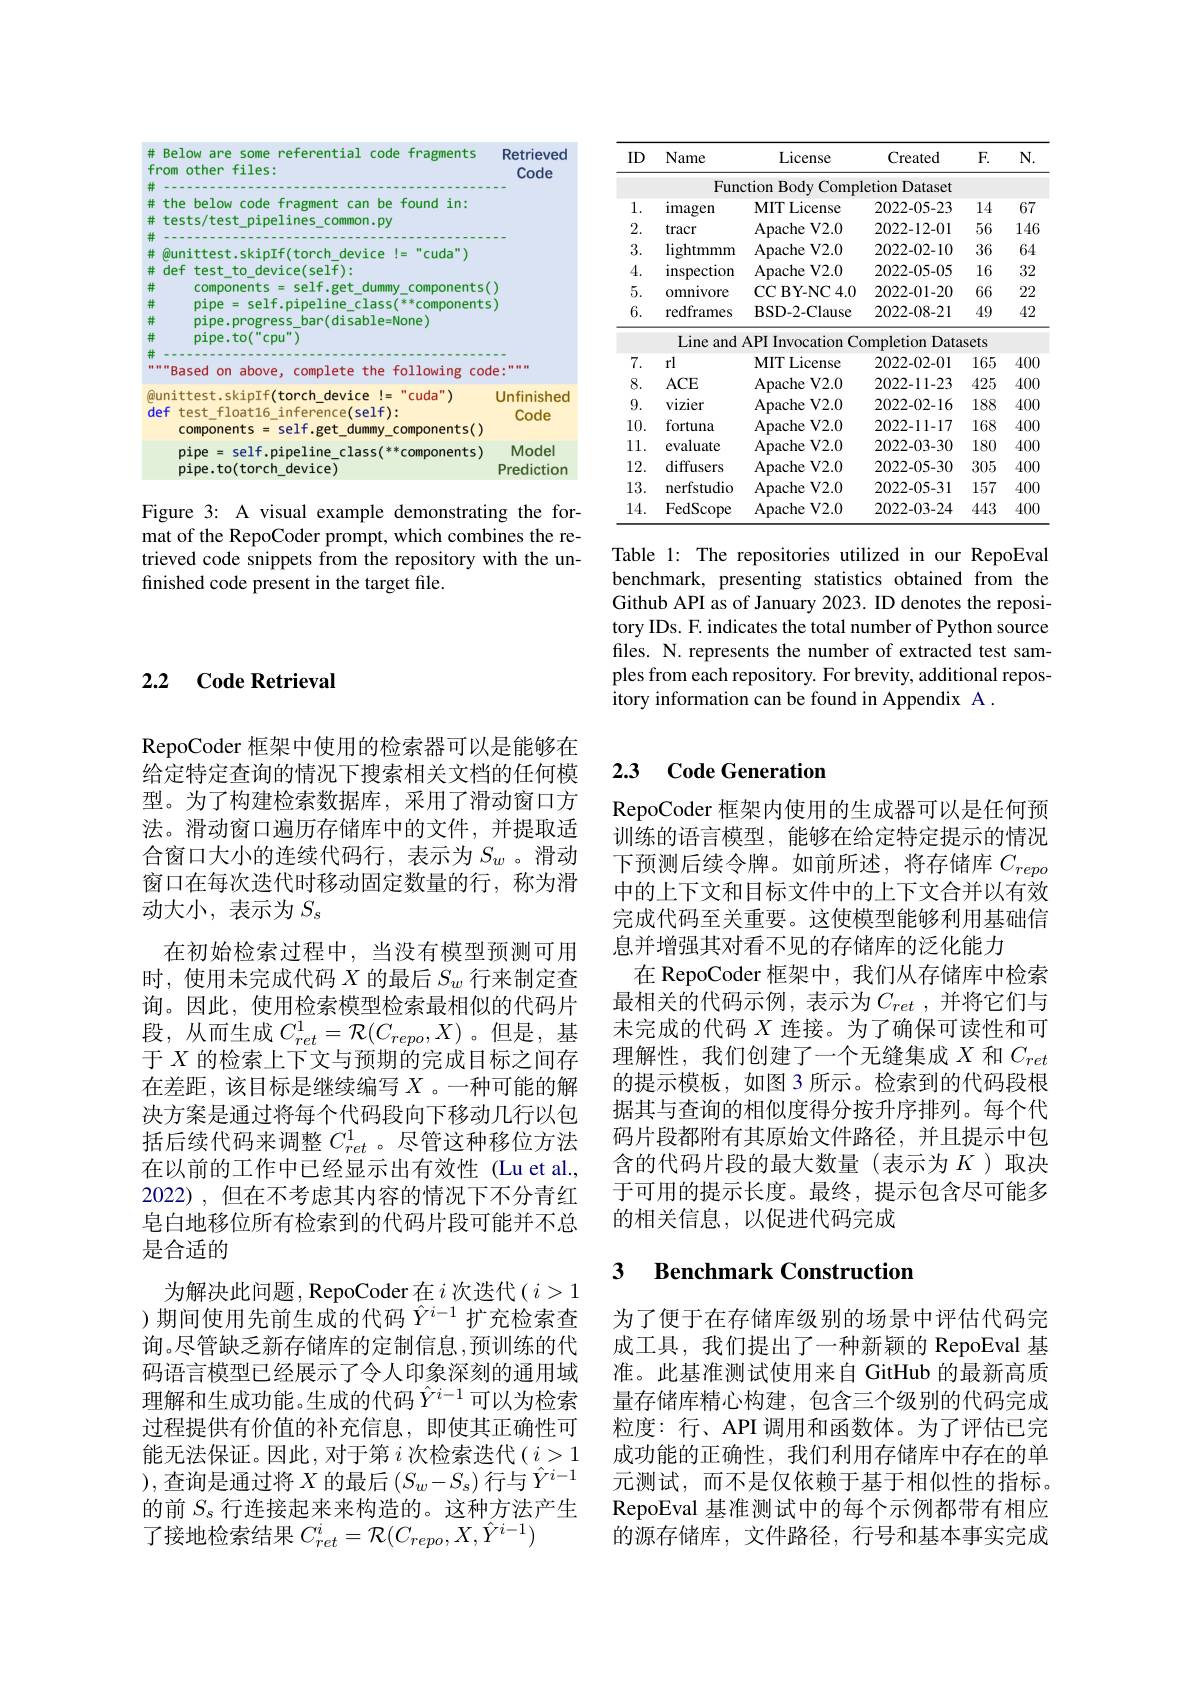
<FigureHere>

Figure 3: A visual example demonstrating the format of the RepoCoder prompt, which combines the retrieved code snippets from the repository with the unfinished code present in the target file.

<table>
	<tbody>
		<tr>
			<th>ID</th>
			<th>Name</th>
			<th>License</th>
			<th>Created</th>
			<th>$F.$</th>
			<th>$N.$</th>
		</tr>
		<tr>
			<td> </td>
			<td>Fun</td>
			<td>ction Body C Comp</td>
			<td>letion Dataset</td>
			<td> </td>
			<td> </td>
		</tr>
		<tr>
			<td>1</td>
			<td>imagen</td>
			<td>MIT License</td>
			<td>2022-05-23</td>
			<td>14</td>
			<td>67</td>
		</tr>
		<tr>
			<td>2 $d$</td>
			<td>tracr</td>
			<td>Apache V2. 0</td>
			<td>2022-12-01</td>
			<td>56</td>
			<td>146</td>
		</tr>
		<tr>
			<td>3.</td>
			<td>lightmmm</td>
			<td>Apache V2. 0</td>
			<td>2022-02-10</td>
			<td>36</td>
			<td>64</td>
		</tr>
		<tr>
			<td>4.</td>
			<td>inspection</td>
			<td>Apache V2. 0</td>
			<td>2022-05-05</td>
			<td>16</td>
			<td>32</td>
		</tr>
		<tr>
			<td>5.</td>
			<td>omnivore</td>
			<td>CCBY- NC4. 0</td>
			<td>2022-01-20</td>
			<td>66</td>
			<td>222</td>
		</tr>
		<tr>
			<td>6.</td>
			<td>redframes</td>
			<td>BSD- 2- Clause</td>
			<td>2022-08-21</td>
			<td>49</td>
			<td>42</td>
		</tr>
		<tr>
			<td> </td>
			<td>Line and</td>
			<td>API Invocation C</td>
			<td>ompletion Data</td>
			<td>lSets</td>
			<td> </td>
		</tr>
		<tr>
			<td>7.</td>
			<td>rl</td>
			<td>MIT License</td>
			<td>2022-02-01</td>
			<td>165</td>
			<td>400</td>
		</tr>
		<tr>
			<td>8.</td>
			<td>$ACE$</td>
			<td>Apache V2. 0</td>
			<td>2022-11-23</td>
			<td>425</td>
			<td>400</td>
		</tr>
		<tr>
			<td>9.</td>
			<td>vizier</td>
			<td>Apache V2. 0</td>
			<td>2022-02-16</td>
			<td>188</td>
			<td>400</td>
		</tr>
		<tr>
			<td>10.</td>
			<td>fortuna</td>
			<td>Apache V2. 0</td>
			<td>2022-11-17</td>
			<td>168</td>
			<td>400</td>
		</tr>
		<tr>
			<td>11.</td>
			<td>evaluate</td>
			<td>Apache V2. 0</td>
			<td>2022-03-30</td>
			<td>180</td>
			<td>400</td>
		</tr>
		<tr>
			<td>12.</td>
			<td>diffusers</td>
			<td>Apache V2. 0</td>
			<td>2022-05-30</td>
			<td>305</td>
			<td>400</td>
		</tr>
		<tr>
			<td>13.</td>
			<td>nerfstudio</td>
			<td>Apache V2. 0</td>
			<td>2022-05-31</td>
			<td>157</td>
			<td>400</td>
		</tr>
		<tr>
			<td>14.</td>
			<td>FedScope</td>
			<td>Apache V2. 0</td>
			<td>2022-03-24</td>
			<td>443</td>
			<td>400</td>
		</tr>
	</tbody>
</table>

Table 1: The repositories utilized in our RepoEval benchmark, presenting statistics obtained from the Github API as of January 2023. ID denotes the repository IDs. F. indicates the total number of Python source files. N. represents the number of extracted test samples from each repository. For brevity, additional repository information can be found in Appendix A .

## 2.2 $\textbf{Code Retrieval}$

RepoCoder 框架中使用的检索器可以是能够在给定特定查询的情况下搜索相关文档的任何模型。为了构建检索数据库，采用了滑动窗口方法。滑动窗口遍历存储库中的文件，并提取适合窗口大小的连续代码行，表示为$S_w$。滑动窗口在每次迭代时移动固定数量的行，称为滑动大小，表示为$S_s$
在初始检索过程中，当没有模型预测可用时，使用未完成代码$X$的最后$S_w$行来制定查询。因此，使用检索模型检索最相似的代码片段，从而生成$C_ret^1=\mathcal{R}(C_{repo},X)$ 。但是，基于$X$的检索上下文与预期的完成目标之间存在差距，该目标是继续编写$X$ 。一种可能的解决方案是通过将每个代码段向下移动几行以包括后续代码来调整$C_{ret}^1$ 。尽管这种移位方法在以前的工作中已经显示出有效性(Lu et al., 2022),但在不考虑其内容的情况下不分青红皂白地移位所有检索到的代码片段可能并不总是合适的
为解决此问题，RepoCoder 在$i$次迭代( $i>1$ )期间使用先前生成的代码$\hat{Y}^{i-1}$扩充检索查询。尽管缺乏新存储库的定制信息，预训练的代码语言模型已经展示了令人印象深刻的通用域理解和生成功能。生成的代码$\hat{Y}^{i-1}$可以为检索过程提供有价值的补充信息，即使其正确性可能无法保证。因此，对于第$i$次检索迭代$(i>1$ ),查询是通过将$X$的最后$(S_w-S_s)$行与$\hat{Y}^i-1$ 的前$S_s$行连接起来来构造的。这种方法产生了接地检索结果$C_ret^i=\mathcal{R}(C_{repo},X,\hat{Y}^{i-1})$

### 2.3 Code Generation

RepoCoder 框架内使用的生成器可以是任何预训练的语言模型，能够在给定特定提示的情况下预测后续令牌。如前所述，将存储库$C_{repo}$ 中的上下文和目标文件中的上下文合并以有效完成代码至关重要。这使模型能够利用基础信息并增强其对看不见的存储库的泛化能力
在 RepoCoder 框架中，我们从存储库中检索最相关的代码示例，表示为$C_{ret}$ ,并将它们与未完成的代码$X$连接。为了确保可读性和可理解性，我们创建了一个无缝集成$X$和$C_ret$ 的提示模板，如图 3 所示。检索到的代码段根据其与查询的相似度得分按升序排列。每个代码片段都附有其原始文件路径，并且提示中包含的代码片段的最大数量(表示为$K$)取决于可用的提示长度。最终，提示包含尽可能多的相关信息，以促进代码完成

### 3 $\textbf{Benchmark Construction}$

为了便于在存储库级别的场景中评估代码完成工具，我们提出了一种新颖的 RepoEval 基准。此基准测试使用来自 GitHub 的最新高质量存储库精心构建，包含三个级别的代码完成粒度：行、API 调用和函数体。为了评估已完成功能的正确性，我们利用存储库中存在的单元测试，而不是仅依赖于基于相似性的指标。RepoEval 基准测试中的每个示例都带有相应的源存储库，文件路径，行号和基本事实完成